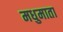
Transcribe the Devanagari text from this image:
मधुमाता